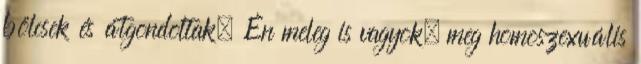
bölcsek és átgondoltak. Én meleg is vagyok, meg homoszexuális